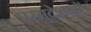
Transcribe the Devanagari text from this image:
परमुटेशनों